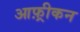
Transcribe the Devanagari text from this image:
आफ़्रीकन